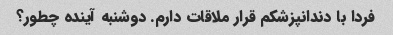
فردا با دندانپزشکم قرار ملاقات دارم. دوشنبه آینده چطور؟